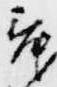
舞